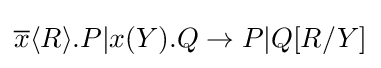
{\overline {x}}\langle R\rangle .P|x(Y).Q\rightarrow P|Q[R/Y]